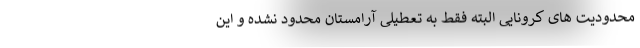
محدودیت های کرونایی البته فقط به تعطیلی آرامستان محدود نشده و این